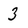
Character: 3